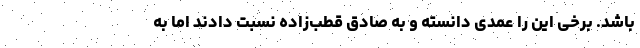
باشد. برخی این را عمدی دانسته و به صادق قطب‌زاده نسبت دادند اما به